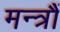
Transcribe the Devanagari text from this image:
मन्त्रौं